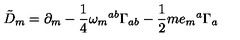
{ \tilde { D } } _ { m } = \partial _ { m } - \frac { 1 } { 4 } \omega _ { m } { } ^ { a b } \Gamma _ { a b } - \frac { 1 } { 2 } m e _ { m } { } ^ { a } \Gamma _ { a }